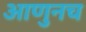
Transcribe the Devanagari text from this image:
आणुनच